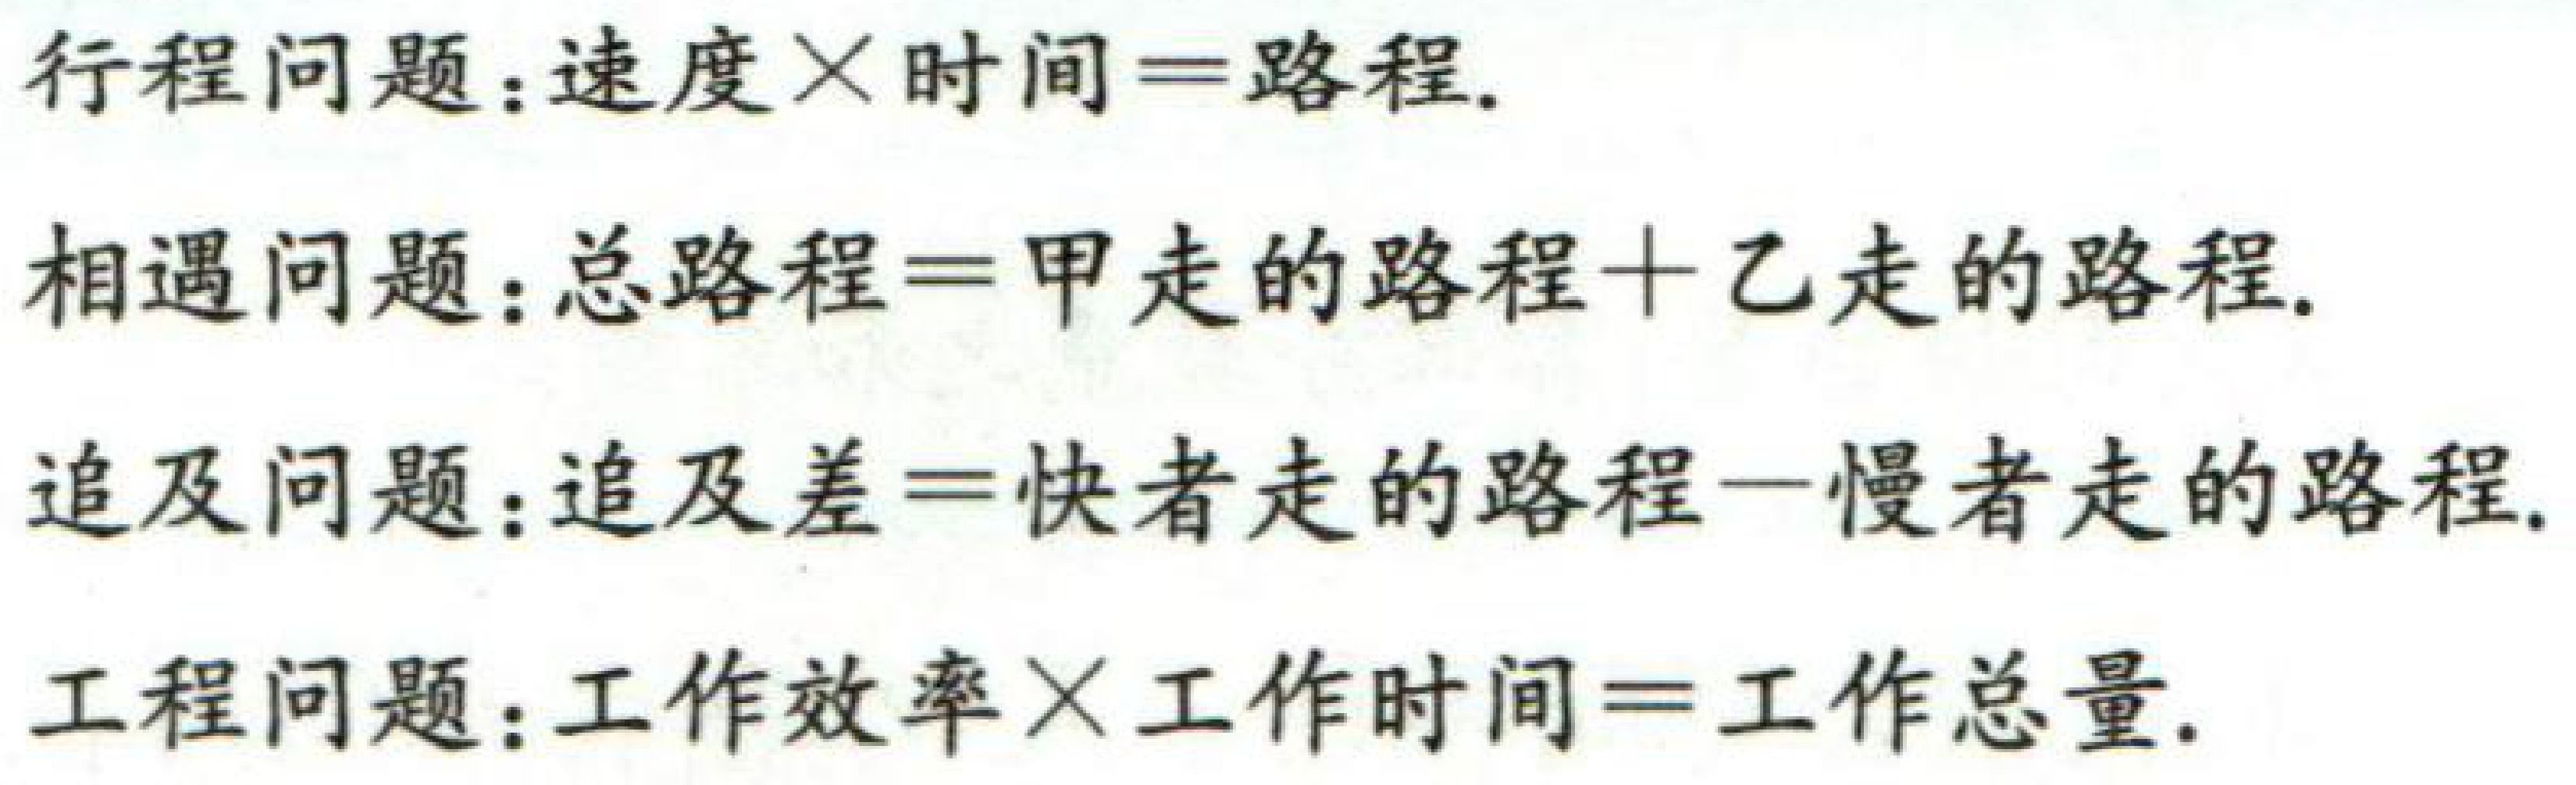
行程问题：速度\(\times\)时间\(=\)路程.
相遇问题：总路程\(=\)甲走的路程\(+\)乙走的路程.
追及问题：追及差\(=\)快者走的路程\(-\)慢者走的路程.
工程问题：工作效率\(\times\)工作时间\(=\)工作总量.